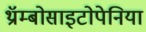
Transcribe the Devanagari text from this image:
थ्रॉम्बोसाइटोपेनिया